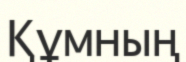
Құмның